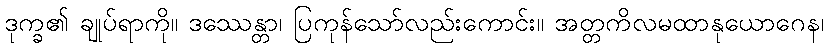
ဒုက္ခ၏ ချုပ်ရာကို။ ဒဿေန္တာ၊ ပြကုန်သော်လည်းကောင်း။ အတ္တကိလမထာနုယောဂေန၊